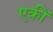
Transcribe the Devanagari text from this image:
एकीं